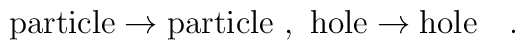
{\rm particle}\rightarrow{\rm particle} \ , \ {\rm hole}\rightarrow{\rm hole} \ \ \ .\nonumber